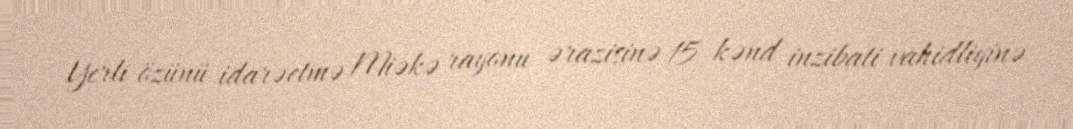
Yerli özünü idarəetmə Miəkə rayonu ərazisinə 15 kənd inzibati vahidliyinə